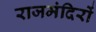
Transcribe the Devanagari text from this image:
राजमंदिरों